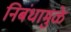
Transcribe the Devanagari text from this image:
निबंधामुळे